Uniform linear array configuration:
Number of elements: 12
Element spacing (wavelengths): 0.75
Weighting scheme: binomial
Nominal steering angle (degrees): -15
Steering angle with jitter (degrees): -16.749
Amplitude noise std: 0.05
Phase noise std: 0.05

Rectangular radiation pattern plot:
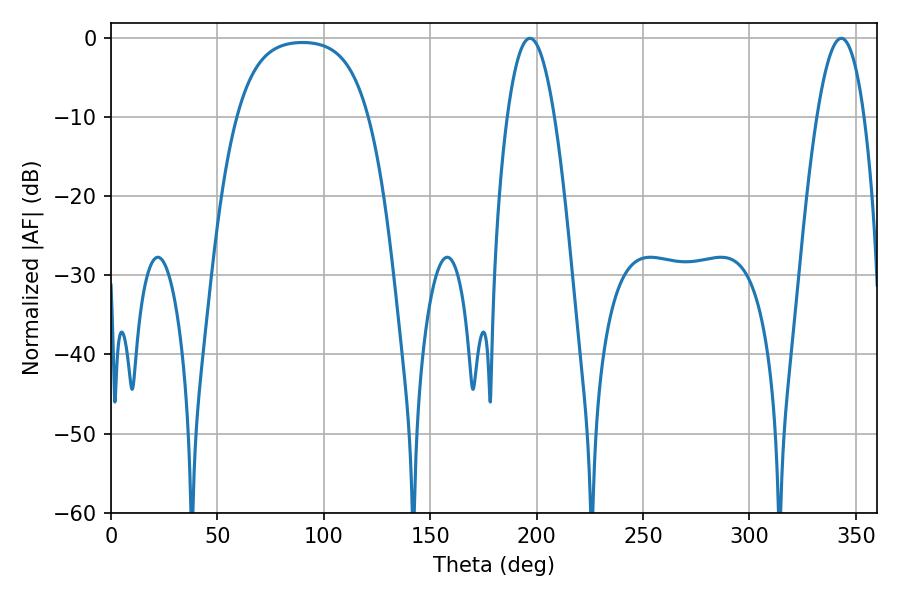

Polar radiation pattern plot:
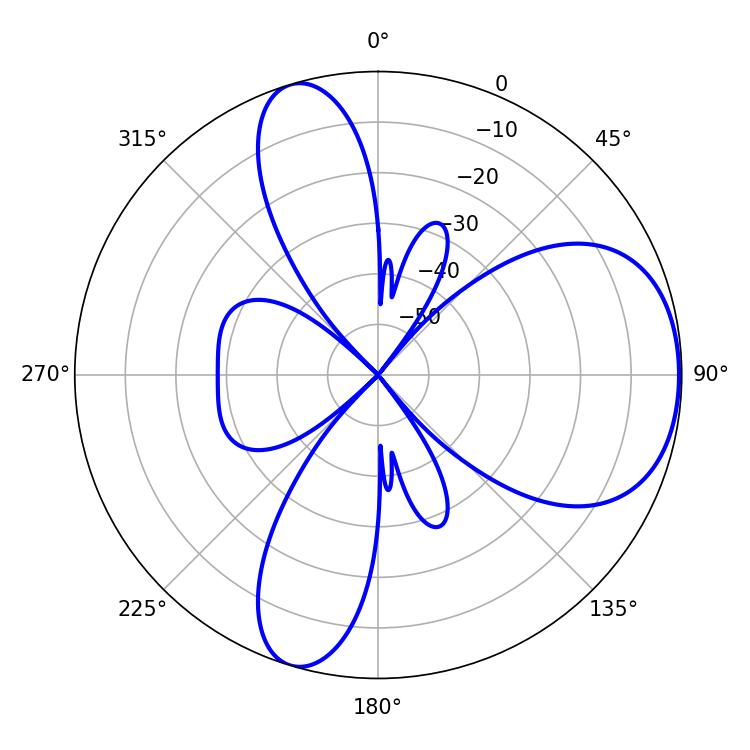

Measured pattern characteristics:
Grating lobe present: TRUE
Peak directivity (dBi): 6.058
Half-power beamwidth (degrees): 12.24
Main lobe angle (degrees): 196.92